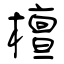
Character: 檀